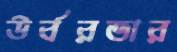
উর্বরতার